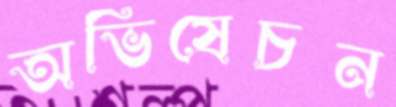
অভিষেচন